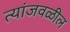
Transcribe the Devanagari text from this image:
त्यांजवळील